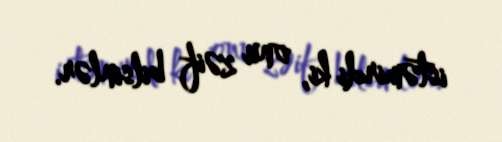
istəmirdi ki, onu zəif bilsinlər.